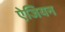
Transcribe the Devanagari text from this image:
ऐजियन